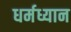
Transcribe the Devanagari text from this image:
धर्मध्यान